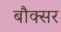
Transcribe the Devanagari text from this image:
बौक्सर